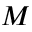
M